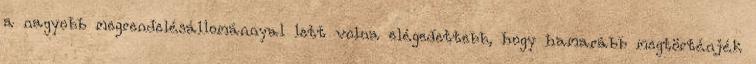
a nagyobb megrendelésállománnyal lett volna elégedettebb, hogy hamarább megtörténjék